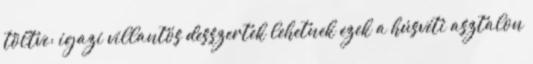
töltve: igazi villantós desszertek lehetnek ezek a húsvéti asztalon